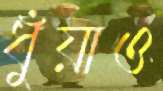
ধুঁয়াও